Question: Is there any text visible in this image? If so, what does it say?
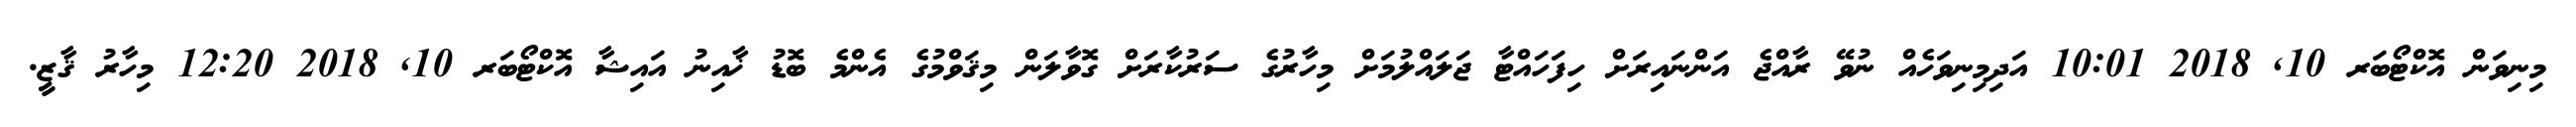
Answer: މިނިވަން އޮކްޓޯބަރ 10, 2018 10:01 އަދިމިނިވަހެއް ނުވޭ ރާއްޖެ އަންނައިރަށް ހިފަހައްޓާ ޖަލައްލުމަށް މިހާރުގެ ސަރުކާރަށް ގޮވާލަން މިޤަވްމުގެ އެންމެ ބޮޑު ޚާއިނު އައިޝާ އޮކްޓޯބަރ 10, 2018 12:20 މިހާރު ޤާޒީ.